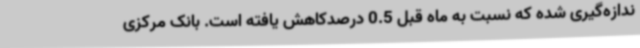
ندازه‌گیری شده که نسبت به ماه قبل 0.5 درصدکاهش یافته است. بانک مرکزی